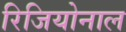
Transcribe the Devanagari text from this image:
रिजियोनाल